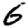
Digit: 6